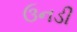
ઉનડી